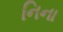
નિના